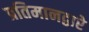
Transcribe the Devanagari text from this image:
प्रतिमानद्वारे